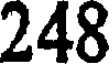
248